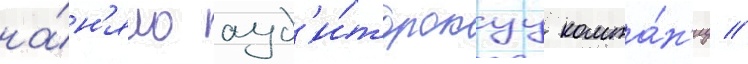
на́н'яло ауд'и́торскуу компа́н'иу //